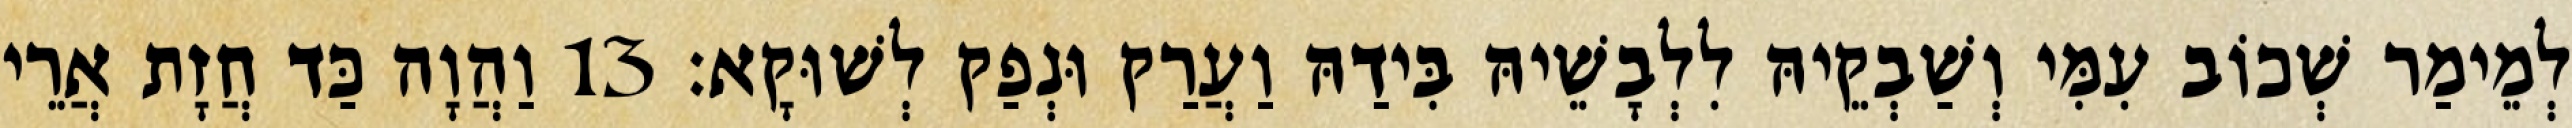
לְמֵימַר שְׁכוֹב עִמִּי וְשַׁבְקֵיהּ לִלְבָשֵׁיהּ בִּידַהּ וַעֲרַק וּנְפַק לְשׁוּקָא׃ 13 וַהֲוָה כַּד חֲזָת אֲרֵי